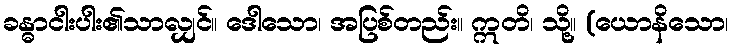
ခန္ဓာငါးပါး၏သာလျှင်။ ဒေါသော၊ အပြစ်တည်း။ ဣတိ၊ သို့။ (ယောနိသော၊